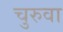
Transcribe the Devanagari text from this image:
चुरुवा